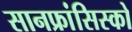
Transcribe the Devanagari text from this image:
सानफ्रांसिस्को